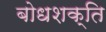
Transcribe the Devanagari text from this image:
बोधशक्ति